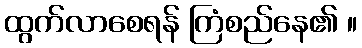
ထွက်လာစေရန် ကြံစည်နေ၏ ။